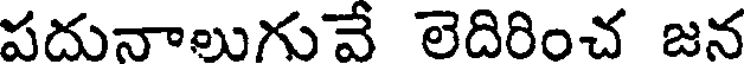
పదునాలుగువే లెదిరించ జన